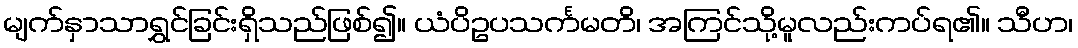
မျက်နှာသာရွှင်ခြင်းရှိသည်ဖြစ်၍။ ယံပိဥပသင်္ကမတိ၊ အကြင်သို့မူလည်းကပ်ရ၏။ သီဟ၊